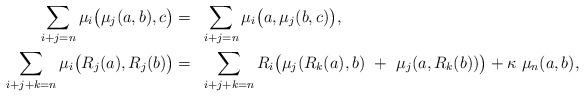
LaTeX: \begin{align*}\sum_{i+j=n} \mu_i \big( \mu_j (a, b), c \big) =~& \sum_{i+j = n} \mu_i \big( a, \mu_j (b,c) \big), \\\sum_{i+j+k = n} \mu_i \big( R_j (a), R_j (b) \big) =~& \sum_{i+j+k = n} R_i \big( \mu_j (R_k (a), b) ~+~ \mu_j (a, R_k (b)) \big) + \kappa ~ \mu_n (a, b),\end{align*}